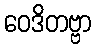
ဝေဒိတဗ္ဗာ